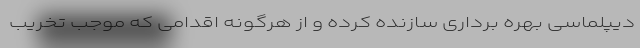
دیپلماسی بهره برداری سازنده کرده و از هرگونه اقدامی که موجب تخریب